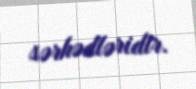
sərhədləridir.